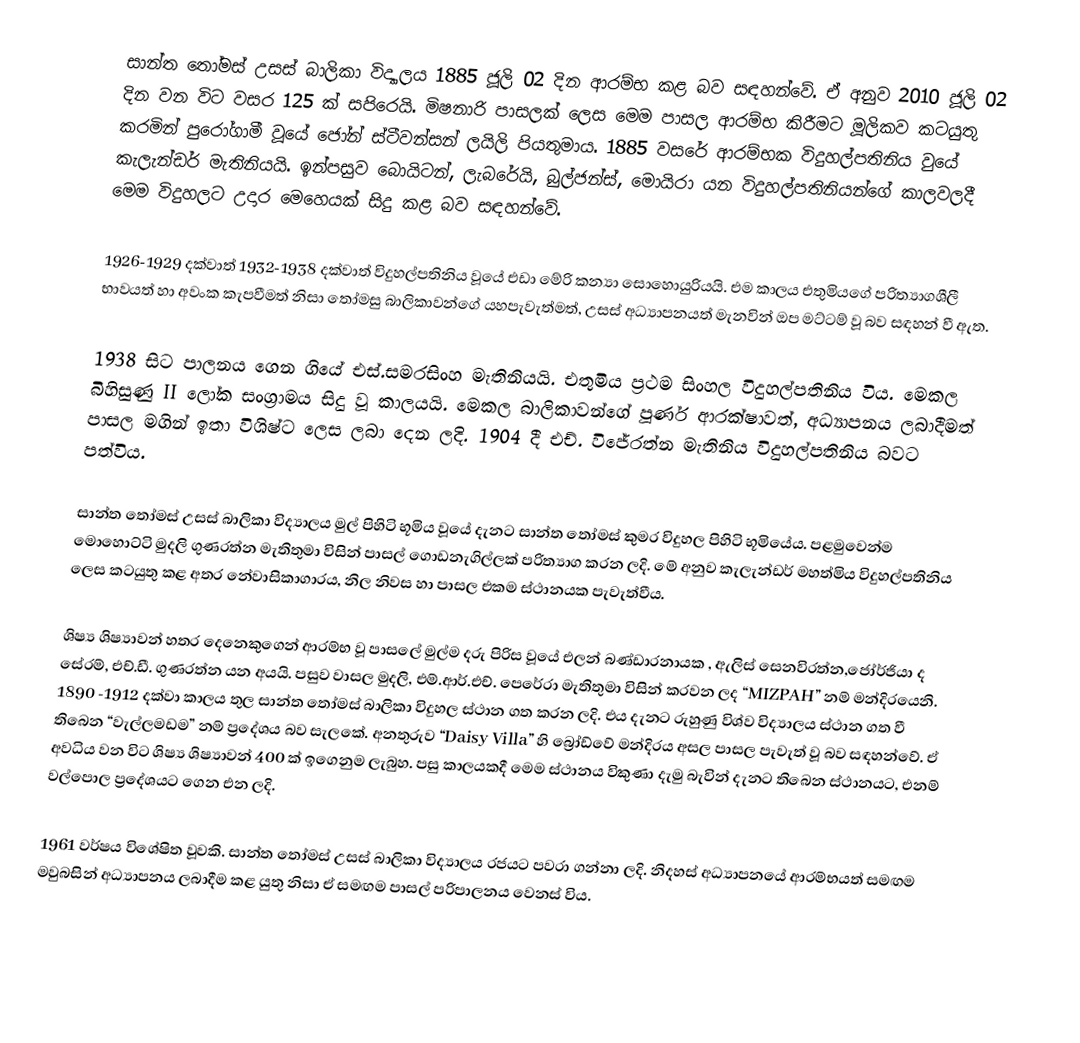
සාන්ත තෝමස් උසස් බාලිකා විද්‍යාලය 1885 ජූලි 02 දින ආරම්භ කළ බව සඳහන්වේ. ඒ අනුව 2010 ජූලි 02 දින වන විට වසර 125 ක් සපිරෙයි. මිෂනාරි පාසලක් ලෙස මෙම පාසල ආරම්භ කිරීමට මූලිකව කටයුතු කරමින් පුරෝගාමී වූයේ ජෝන් ස්ටීවන්සන් ලයිලි පියතුමාය. 1885 වසරේ ආරම්භක විදුහල්පතිනිය වුයේ කැලැන්ඩර් මැතිනියයි. ඉන්පසුව බොයිටන්, ලැබරේයි, බුල්ජන්ස්, මොයිරා යන විදුහල්පතිනියන්ගේ කාලවලදී මෙම විදුහලට උදාර මෙහෙයක් සිදු කළ බව සඳහන්වේ.

1926-1929 දක්වාත් 1932-1938 දක්වාත් විදුහල්පතිනිය වූයේ එඩා මේරි කන්‍යා සොහොයුරියයි. එම කාලය එතුමියගේ පරිත්‍යාගශීලී භාවයත් හා අවංක කැපවීමත් නිසා තෝමසු බාලිකාවන්ගේ යහපැවැත්මත්, උසස් අධ්‍යාපනයත් මැනවින් ඔප මට්ටම් වූ බව සඳහන් වී ඇත.

1938 සිට පාලනය ගෙන ගියේ එස්.සමරසිංහ මැතිනියයි. එතුමිය ප්‍රථම සිංහල විදුහල්පතිනිය විය. මෙකල බිහිසුණු II ලෝක සංග්‍රාමය සිදු වූ කාලයයි. මෙකල බාලිකාවන්ගේ පූර්ණ ආරක්ෂාවත්, අධ්‍යාපනය ලබාදීමත් පාසල මගින් ඉතා විශිෂ්ට ලෙස ලබා දෙන ලදි. 1904 දී එච්. විජේරත්න මැතිනිය විදුහල්පතිනිය බවට පත්විය.

සාන්ත තෝමස් උසස් බාලිකා විද්‍යාලය මුල් පිහිටි භූමිය වූයේ දැනට සාන්ත තෝමස් කුමර විදුහල පිහිටි භූමියේය. පළමුවෙන්ම මොහොට්ටි මුදලි ගුණරත්න මැතිතුමා විසින් පාසල් ගොඩනැගිල්ලක් පරිත්‍යාග කරන ලදි. මේ අනුව කැලැන්ඩර් මහත්මිය විදුහල්පතිනිය ලෙස කටයුතු කළ අතර නේවාසිකාගාරය, නිල නිවස හා පාසල එකම ස්ථානයක පැවැත්වීය.

ශිෂ්‍ය ශිෂ්‍යාවන් හතර දෙ‍නෙකුගෙන් ආරම්භ වූ පාසලේ මුල්ම දරු පිරිස වූයේ එලන් බණ්ඩාරනායක , ඇලිස් සෙනවිරත්න,ජෝර්ජියා ද සේරම්, එච්.ඩී. ගුණරත්න යන අයයි. පසුව වාසල මුදලි, එම්.ආර්.එච්. පෙරේරා මැතිතුමා විසින් කරවන ලද “MIZPAH” නම් මන්දිරයෙනි. 1890 -1912 දක්වා කාලය තුල සාන්ත තෝමස් බාලිකා විදුහල ස්ථාන ගත කරන ලදි. එය දැනට රුහුණු විශ්ව විද්‍යාලය ස්ථාන ගත වී තිබෙන “වැල්ලමඩම” නම් ප්‍රදේශය බව සැලකේ. අනතුරුව “Daisy Villa” හි බ්‍රෝඩ්වේ මන්දිරය අසල පාසල පැවැත් වූ බව සඳහන්වේ. ඒ අවධිය වන විට ශිෂ්‍ය ශිෂ්‍යාවන් 400 ක් ඉගෙනුම ලැබුහ. පසු කාලයකදී මෙම ස්ථානය විකුණා දැමු බැවින් දැනට තිබෙන ස්ථානයට, එනම් වල්පොල ප්‍රදේශයට ගෙන එන ලදි.

1961 වර්ෂය වි‍ශේෂිත වූවකි. සාන්ත තෝ‍මස් උසස් බාලිකා විද්‍යාලය රජයට පවරා ගන්නා ලදි. නිදහස් අධ්‍යාපන‍යේ ආරම්භයත් සමඟම මවුබසින් අධ්‍යාපනය ලබාදීම කළ යුතු නිසා ඒ සමඟම පාසල් පරිපාලනය වෙනස් විය.